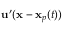
\mathbf { u } ^ { \prime } ( \mathbf { x } - \mathbf { x } _ { p } ( t ) )